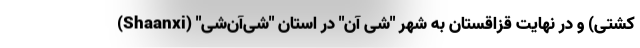
کشتی) و در نهایت قزاقستان به شهر "شی آن" در استان "شی‌آن‌شی" (Shaanxi)